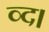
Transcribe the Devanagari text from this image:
व्द।